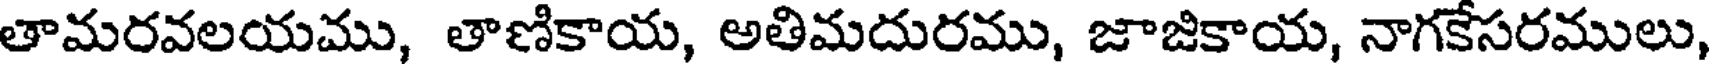
తామరవలయము, తాణికాయ, అతిమదురము, జాజికాయ, నాగకేసరములు,